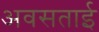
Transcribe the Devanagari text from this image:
अवसताई